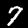
Digit: 7